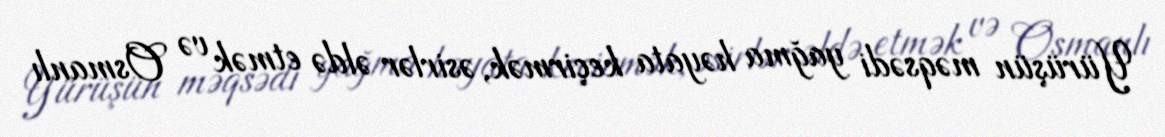
Yürüşün məqsədi yağma həyata keçirmək, əsirlər əldə etmək və Osmanlı